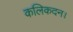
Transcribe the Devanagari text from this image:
कलिकदन।